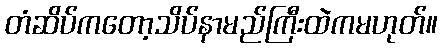
တံဆိပ်ကတော့သိပ်နာမည်ကြီးထဲကမဟုတ်။